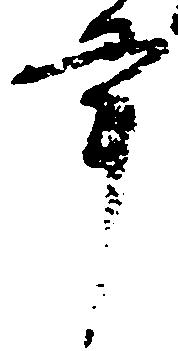
掌